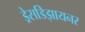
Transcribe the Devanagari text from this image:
ड्रेसडिझायनर